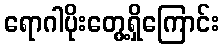
ရောဂါပိုးတွေ့ရှိကြောင်း